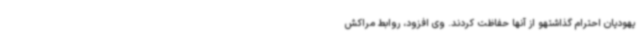
یهودیان احترام گذاشتهو از آنها حفاظت کردند. وی افزود، روابط مراکش